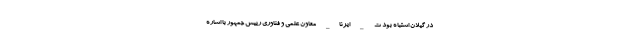
در گیلان اشتباه بود ت _ ایرنا_ معاون علمی و فناوری رییس جمهور با اشاره